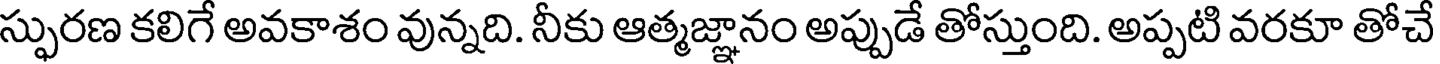
స్ఫురణ కలిగే అవకాశం వున్నది. నీకు ఆత్మజ్ఞానం అప్పుడే తోస్తుంది. అప్పటి వరకూ తోచే